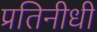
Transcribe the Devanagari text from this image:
प्रतिनीधी